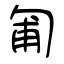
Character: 匍